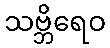
သဗ္ဘိရေဝ